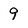
Character: 9